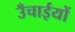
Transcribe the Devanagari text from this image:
उँचाईयों